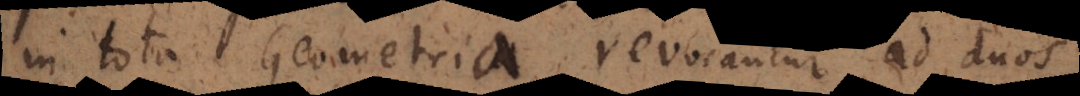
in tota Geometria, revocantur ad duos